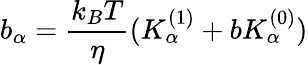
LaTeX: b_{\alpha}=\frac{k_{B}T}{\eta}(K_{\alpha}^{(1)}+bK_{\alpha}^{(0)})